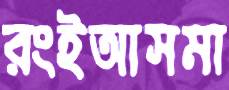
রংইআসমা